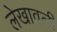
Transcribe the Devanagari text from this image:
लेखावली